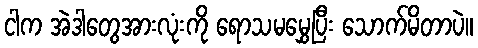
ငါက အဲဒါတွေအားလုံးကို ရောသမမွှေပြီး သောက်မိတာပဲ။